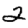
Digit: 2